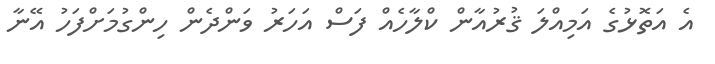
އެ އަތޮޅުގެ އަމިއްލަ ޤުރުއާން ކްލާހެއް ފަސް އަހަރު ވަންދެން ހިންގުމަށްފަހު އޭނާ